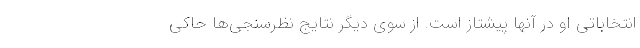
انتخاباتی او در آنها پیشتاز است. از سوی دیگر نتایج نظرسنجی‌ها حاکی